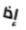
إذا